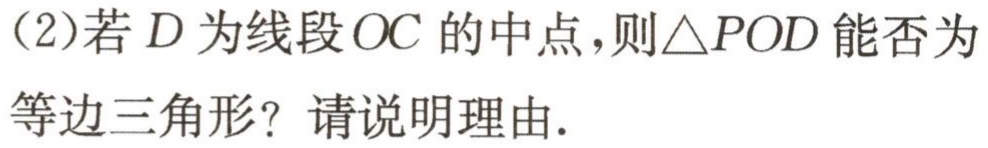
（2）若\(D\)为线段\(OC\)的中点，则\(\triangle POD\)能否为等边三角形？请说明理由.